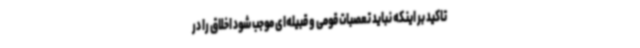
تاکید بر اینکه نباید تعصبات قومی و قبیله‌ای موجب شود اخلاق را در